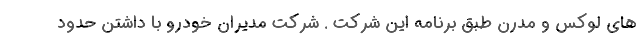
های لوکس و مدرن طبق برنامه این شرکت . شرکت مدیران خودرو با داشتن حدود